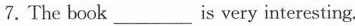
7.The book___is very interesting.